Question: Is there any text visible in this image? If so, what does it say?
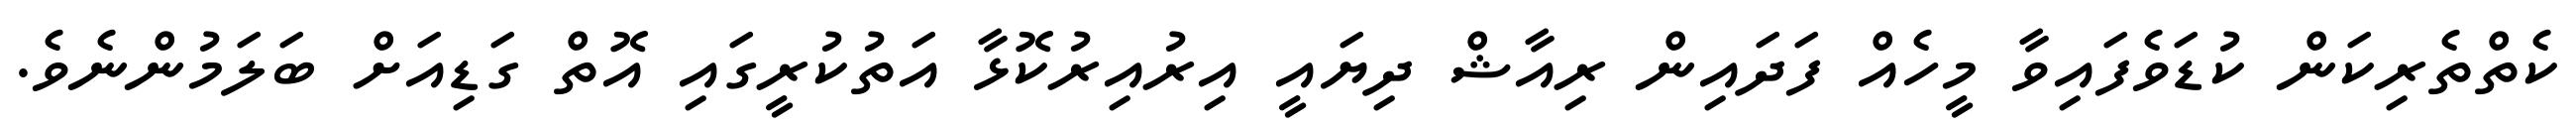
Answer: ކެތްތެރިކަން ކުޑަވެފައިވާ މީހެއް ފަދައިން ރިއާޝް ދިޔައީ އިރުއިރުކޮޅާ އަތުކުރީގައި އޮތް ގަޑިއަށް ބަލަމުންނެވެ.